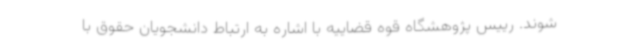
شوند. رییس پژوهشگاه قوه قضاییه با اشاره به ارتباط دانشجویان حقوق با